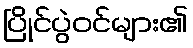
ပြိုင်ပွဲဝင်များ၏